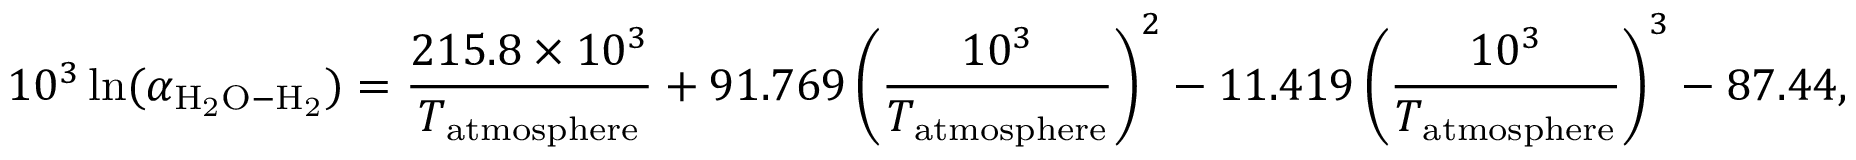
1 0 ^ { 3 } \ln ( \alpha _ { \mathrm { H _ { 2 } O - H _ { 2 } } } ) = \frac { 2 1 5 . 8 \times 1 0 ^ { 3 } } { T _ { \mathrm { a t m o s p h e r e } } } + 9 1 . 7 6 9 \left( \frac { 1 0 ^ { 3 } } { T _ { \mathrm { a t m o s p h e r e } } } \right) ^ { 2 } - 1 1 . 4 1 9 \left( \frac { 1 0 ^ { 3 } } { T _ { \mathrm { a t m o s p h e r e } } } \right) ^ { 3 } - 8 7 . 4 4 ,